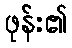
ဖုန်း၏